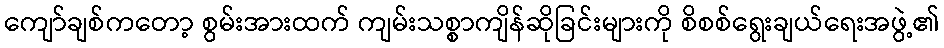
ကျော်ချစ်ကတော့ စွမ်းအားထက် ကျမ်းသစ္စာကျိန်ဆိုခြင်းများကို စိစစ်ရွေးချယ်ရေးအဖွဲ့၏